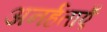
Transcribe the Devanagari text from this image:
अनर्हताएँ